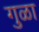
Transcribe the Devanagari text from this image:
गुळा